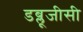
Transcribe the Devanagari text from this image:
डब्लूजीसी